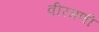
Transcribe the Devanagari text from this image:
वीरमणी